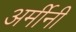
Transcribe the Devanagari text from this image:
अर्मीनी